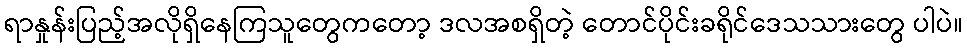
ရာနှုန်းပြည့်အလိုရှိနေကြသူတွေကတော့ ဒလအစရှိတဲ့ တောင်ပိုင်းခရိုင်ဒေသသားတွေ ပါပဲ။